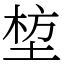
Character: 堏